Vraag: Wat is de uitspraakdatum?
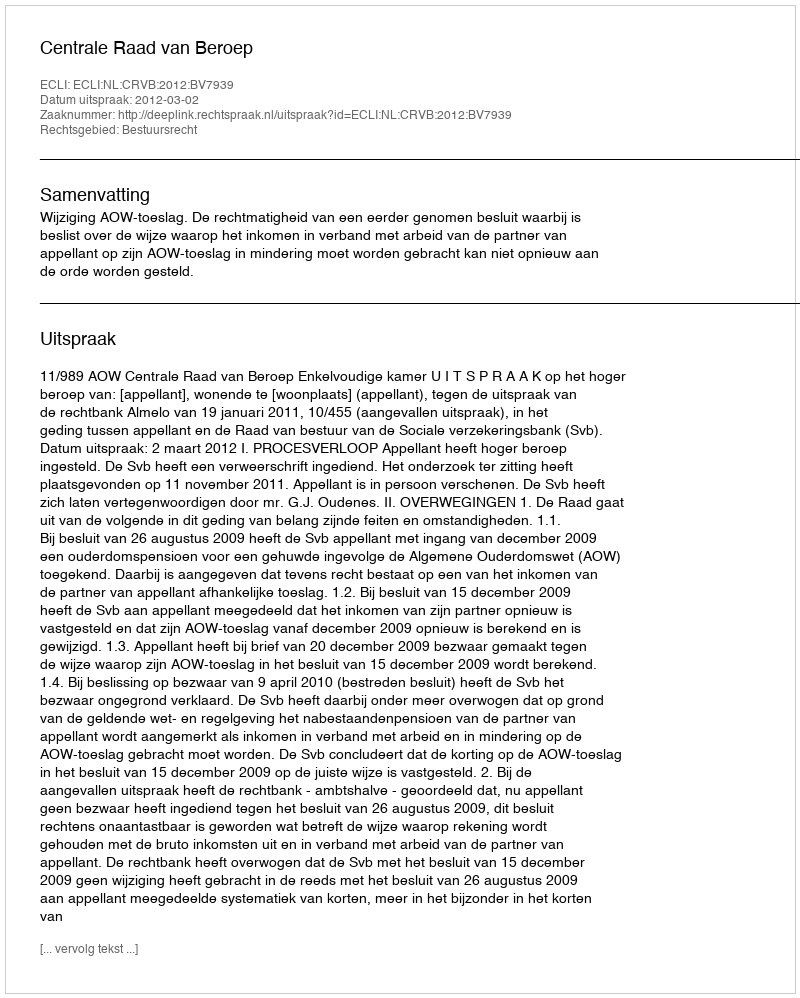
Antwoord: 2012-03-02